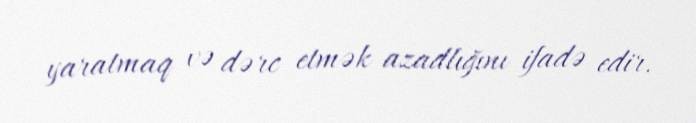
yaratmaq və dərc etmək azadlığını ifadə edir.